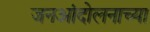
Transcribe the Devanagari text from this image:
जनआंदोलनाच्या